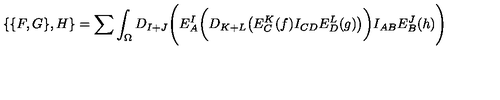
\{ \{ F , G \} , H \} = \sum \int _ { \Omega } D _ { I + J } \Biggl ( E _ { A } ^ { I } \biggl ( D _ { K + L } \bigl ( E _ { C } ^ { K } ( f ) I _ { C D } E _ { D } ^ { L } ( g ) \bigr ) \biggr ) I _ { A B } E _ { B } ^ { J } ( h ) \Biggr )